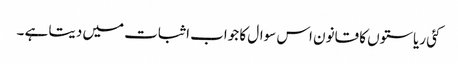
کئی ریاستوں کا قانون اس سوال کا جواب اثبات میں دیتا ہے ۔